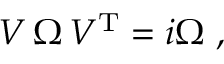
{ \cal V } \, \Omega \, { \cal V } ^ { \mathrm { T } } = i \Omega \ ,